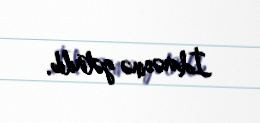
İdarəsinə gətirilib.